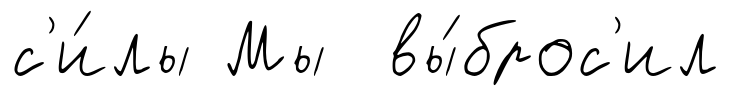
с'и́лы Мы вы́брос'ил